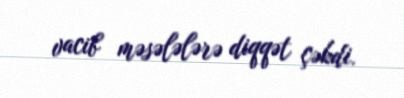
vacib məsələlərə diqqət çəkdi.